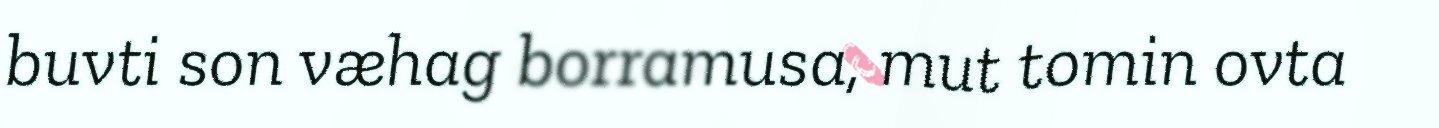
buvti son væhag borramusa, mut tomin ovta